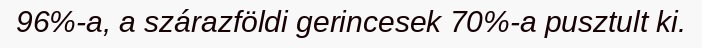
96%-a, a szárazföldi gerincesek 70%-a pusztult ki.